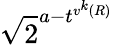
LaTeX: \sqrt{2}^{a-t^{v^{k}(R)}}